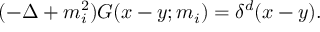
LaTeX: ( - \Delta + m _ { i } ^ { 2 } ) G ( x - y ; m _ { i } ) = \delta ^ { d } ( x - y ) .